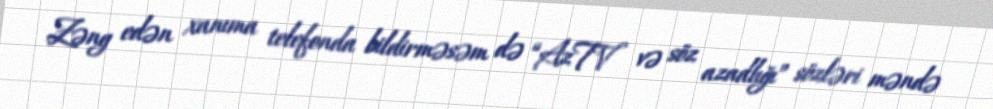
Zəng edən xanıma telefonda bildirməsəm də “AzTV və söz azadlığı” sözləri məndə